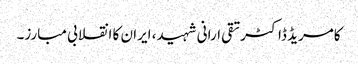
کامریڈ ڈاکٹرتقی ارانی شہید، ایران کا انقلابی مبارز۔